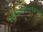
શૌચાલયસગવળની